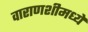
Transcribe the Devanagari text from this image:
वाराणशीमध्ये